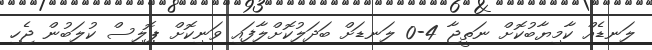
ލަނޑެއް ކާމިޔާބުކޮށް ނަތީޖާ 4-0 ލަނޑަށް ބަދަލުކޮށްލާފައި ވަނިކޮށް ޕޮލިސް ކުލަބުން ޖެހި